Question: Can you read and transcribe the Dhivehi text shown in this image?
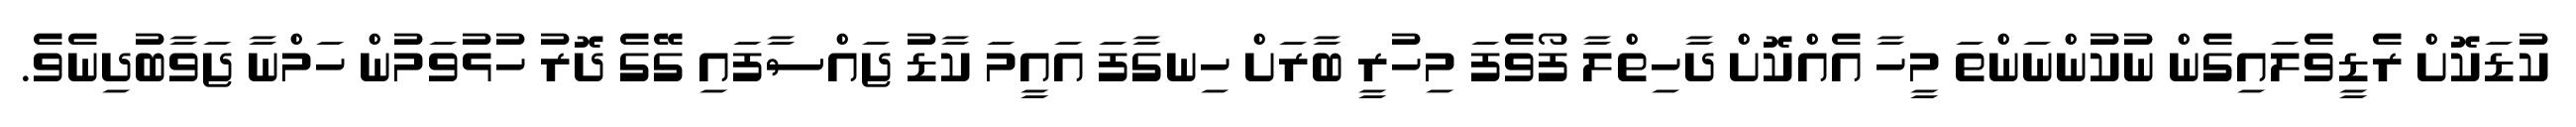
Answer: ކުޑަކޮށް ރެޑީވެލައިގެން ނުކުންނަންތަ މީހާ އެއްކޮށް ދާހިތްލާ ފޯވެފަ މިހުރީ ބާރަށް ހިނގާފަ އައީމަ ކާޑު ޖައްސާފައި ގޭގެ ދޮރު ހުޅުވަމުން ހަމްނާ ޖަވާބުދިނެވެ.